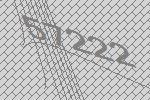
57222